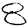
Digit: 8